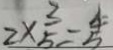
2 \times \frac { 3 } { 5 } - \frac { 4 } { 5 }